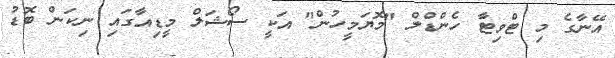
އޭނާގެ މި ޓްވިޓާ ހެންޑްލް "މޮޔަމީހުން" އަކީ ސޯޝަލް މީޑިއާގައި ނިކަން ބޮޑު